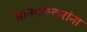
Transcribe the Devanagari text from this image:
सातवळेकरांना